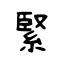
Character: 緊